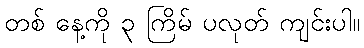
တစ် နေ့ကို ၃ ကြိမ် ပလုတ် ကျင်းပါ။